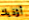
أؤذيك